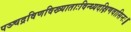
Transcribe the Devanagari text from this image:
पञ्चद्रविणविख्याताःविन्ध्यदक्षिणवासिनः॥